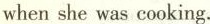
when she was cooking.